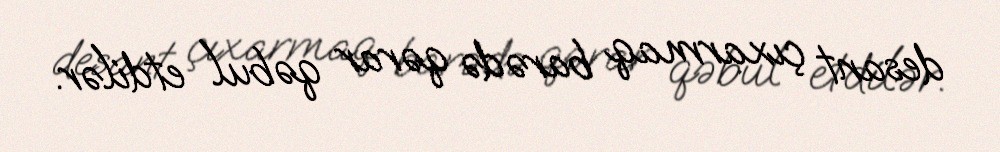
desant çıxarmaq barədə qərar qəbul etdilər.